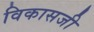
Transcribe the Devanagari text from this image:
विकासजी